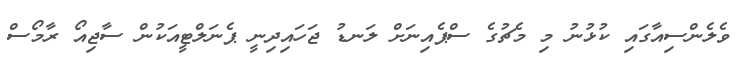
ވެލެންސިއާގައި ކުޅުނު މި މެޗުގެ ސްޕެއިނަށް ލަނޑު ޖަހައިދިނީ ޕެނަލްޓީއަކުން ސާޖިއޯ ރާމޯސް